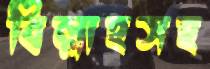
বিল্লাহসহ